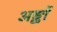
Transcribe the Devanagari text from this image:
अङ्कों